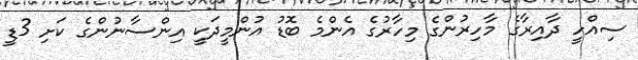
ސިއްހީ ދާއިރާގެ މާހިރުންގެ މިހާރުގެ އެންމެ ބޮޑު އުންމީދަކީ އިންސާނުންގެ ކަށި 3ޑީ